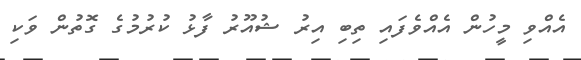
އެއްވި މީހުން އެއްވެފައި ތިބި އިރު ޝުއޫރު ފާޅު ކުރުމުގެ ގޮތުން ވަކި